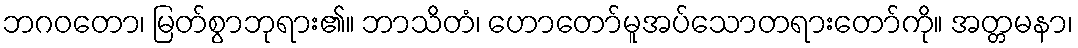
ဘဂဝတော၊ မြတ်စွာဘုရား၏။ ဘာသိတံ၊ ဟောတော်မူအပ်သောတရားတော်ကို။ အတ္တမနာ၊